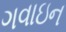
ગવાઇન